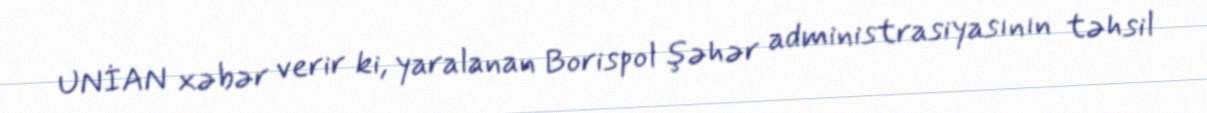
UNİAN xəbər verir ki, yaralanan Borispol şəhər administrasiyasının təhsil